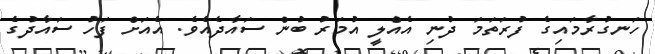
ހަނގުރާމައިގެ ފުރަތަމަ ދުނި އެއެްލީ އުމަރު ބުން ސައާދެއެވެ. އެއަށް ފަހު ސައާދުގެ